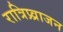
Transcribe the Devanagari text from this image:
रात्रिप्र्व्राजन